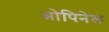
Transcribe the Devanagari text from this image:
ओपिनेल